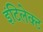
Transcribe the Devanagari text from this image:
इंटिलेक्ट